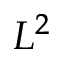
L ^ { 2 }